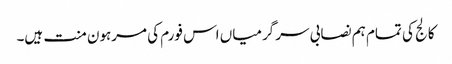
کالج کی تمام ہم نصابی سر گرمیاں اس فورم کی مرہون منت ہیں۔